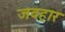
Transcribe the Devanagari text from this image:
जवहार